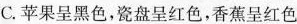
C.苹果呈黑色，瓷盘呈红色，香蕉呈红色